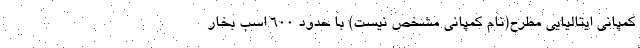
کمپانی ایتالیایی مطرح(نام کمپانی مشخص نیست) با حدود 600 اسب بخار